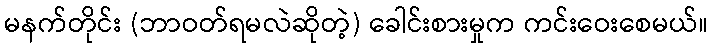
မနက်တိုင်း (ဘာဝတ်ရမလဲဆိုတဲ့) ခေါင်းစားမှုက ကင်းဝေးစေမယ်။